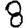
Digit: 8